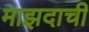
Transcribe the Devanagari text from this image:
माझदाची